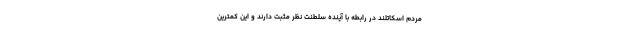
مردم اسکاتلند در رابطه با آینده سلطنت نظر مثبت دارند و این کمترین